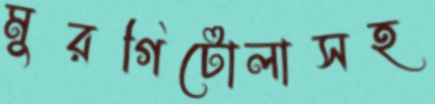
মুরগিটোলাসহ